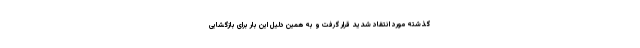
گذشته مورد انتقاد شدید قرار گرفت و به همین دلیل این بار برای بازگشایی